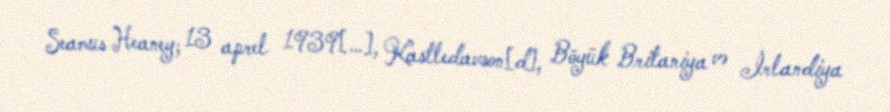
Seamus Heaney; 13 aprel 1939[…], Kastledavson[d], Böyük Britaniya və İrlandiya